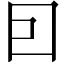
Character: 囙